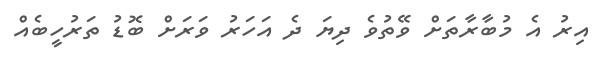
އިރު އެ މުބާރާތަށް ވޭތުވެ ދިޔަ ދެ އަހަރު ވަރަށް ބޮޑު ތަރުހީބެއް